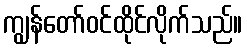
ကျွန်တော်ဝင်ထိုင်လိုက်သည်။